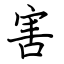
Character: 害